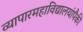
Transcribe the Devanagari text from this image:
व्यापारमहाविद्यालयांपैकी